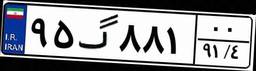
۹۵گ۸۸۱۰۰